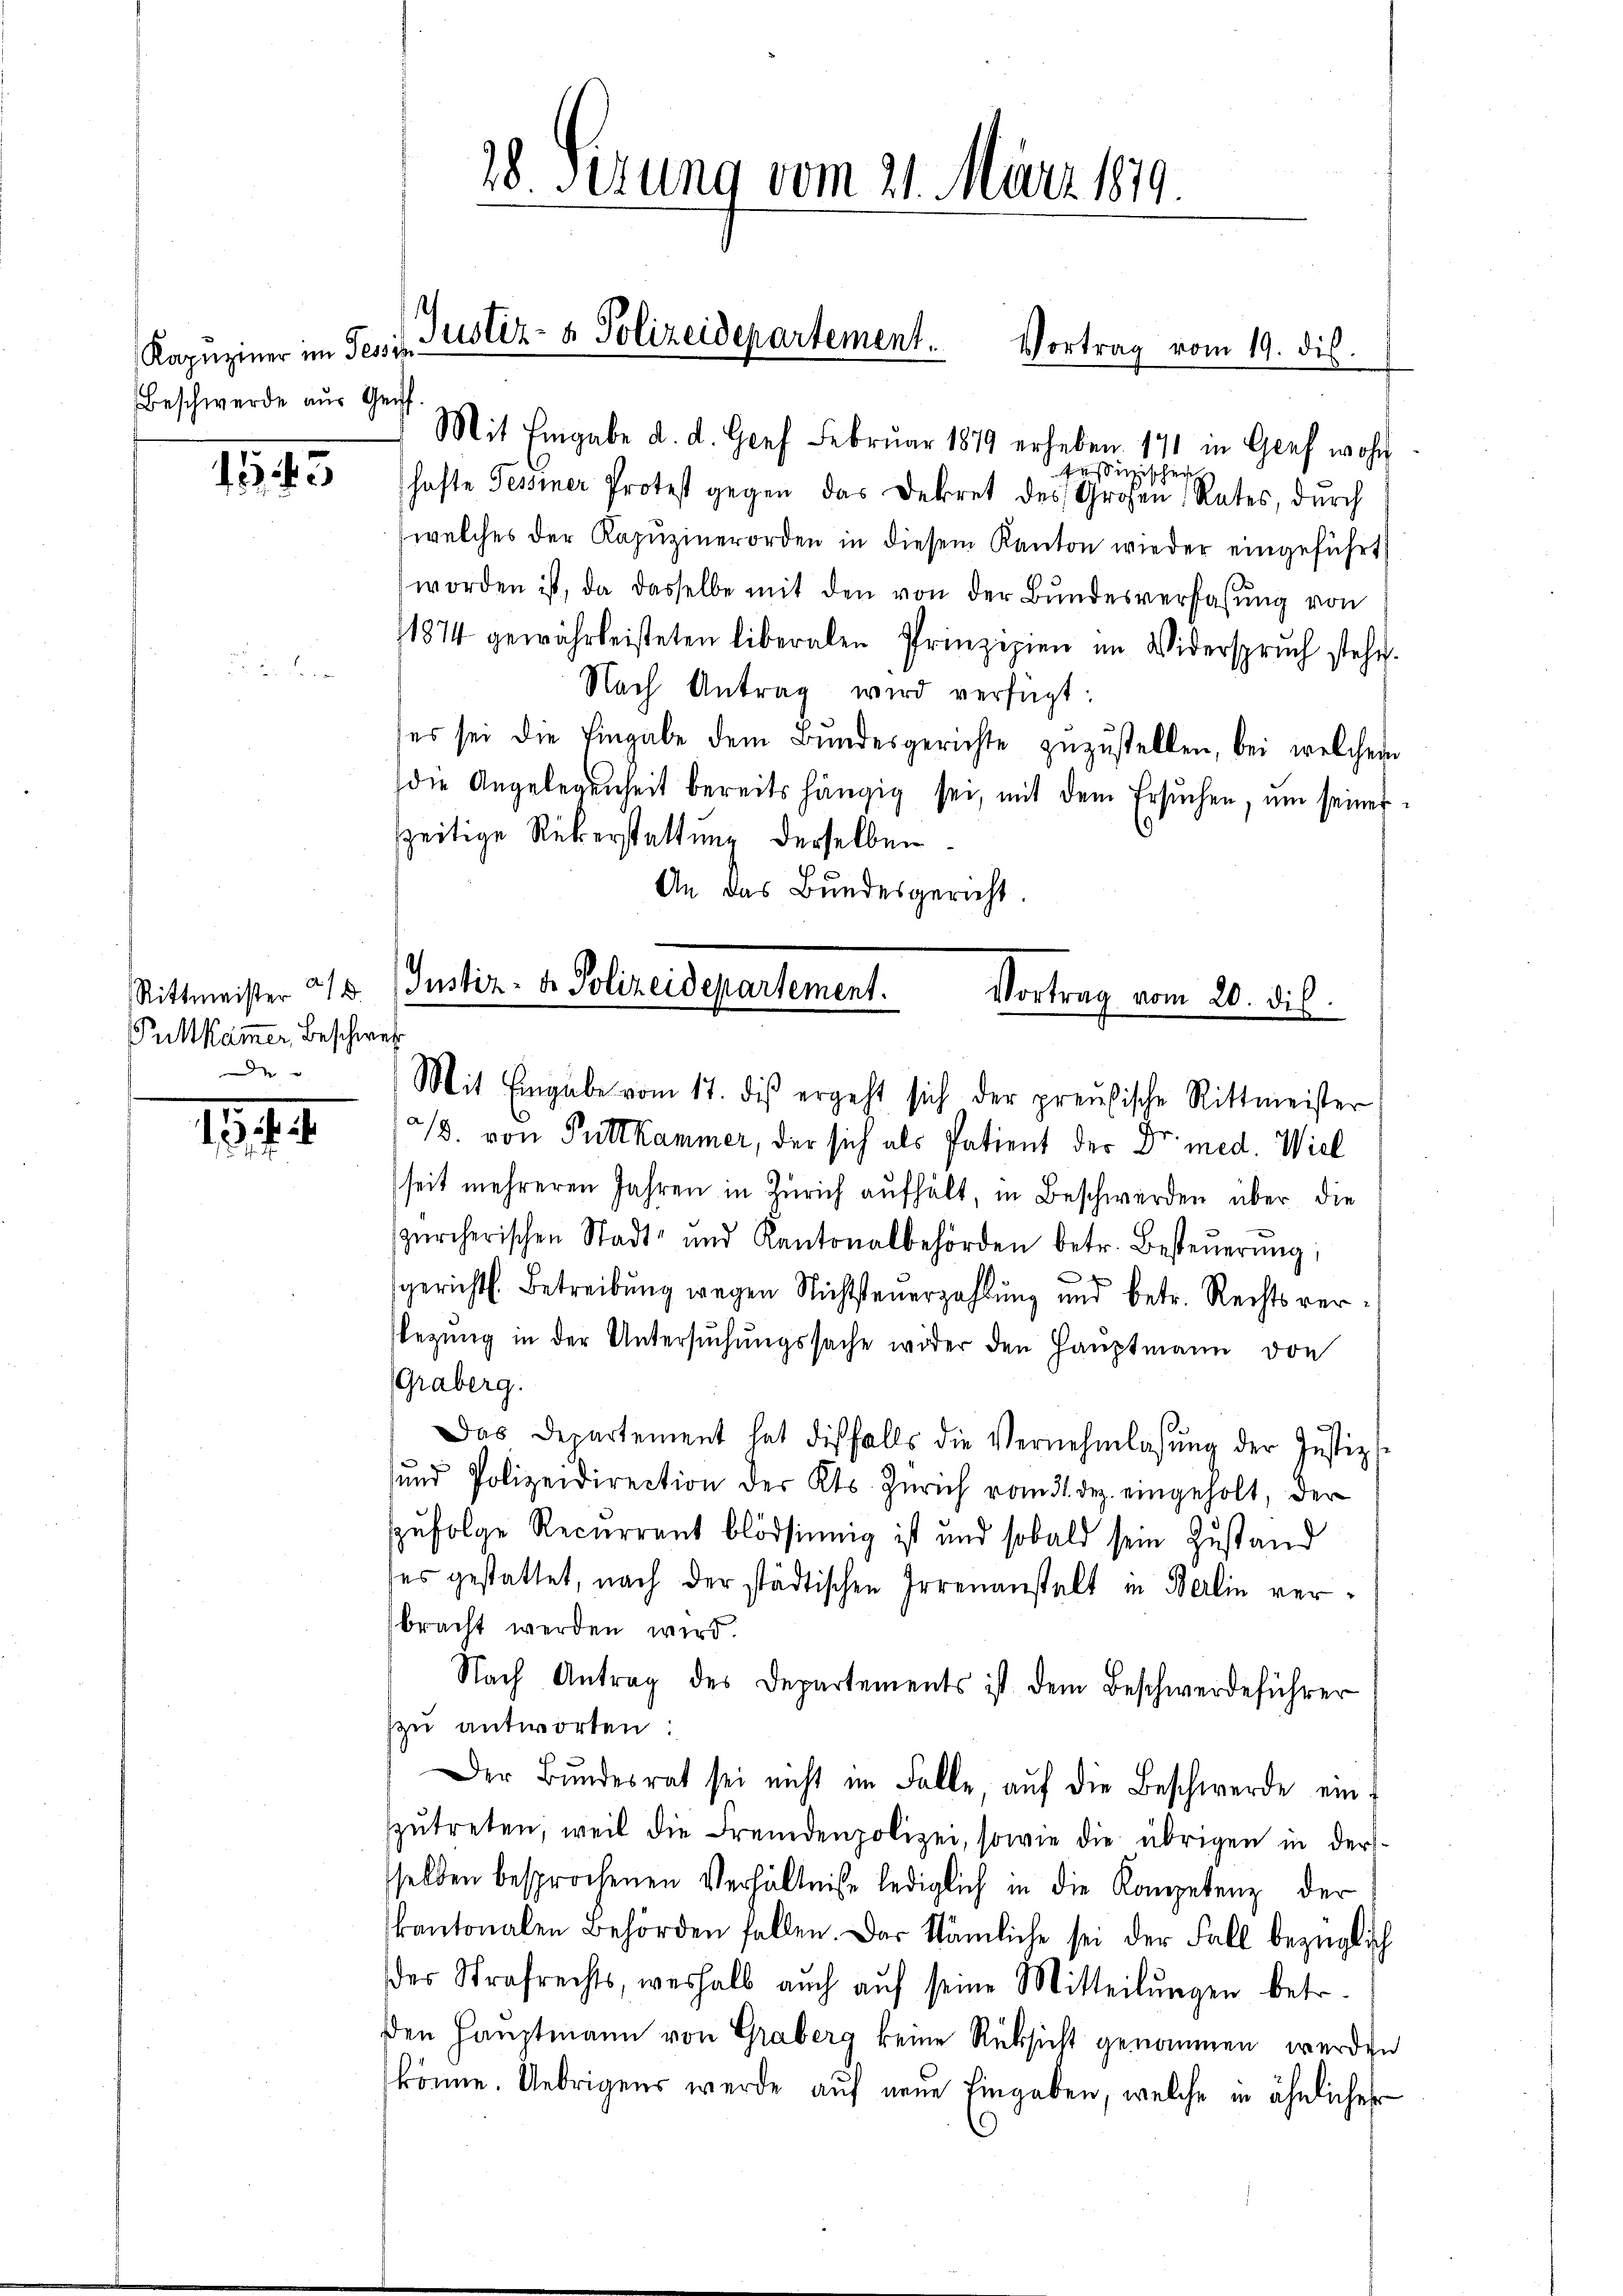
Kapuziner im Tessis
Beschwerde aus Gei

1543

Putkäm̅er beschweiz

1944.

28. Sezung vom 21. März 1879

Mit Eingabe d. d. Graf Februar 1879 erheben 171 in Genf wohn
füssigischen
hafte Tessiner Protest gegen das Dekret des Großen Rates, durch
welches der Kapŭzinerorden in diesem Kanton wieder eingeführt
worden ist, da dasselbe mit den von der Bŭndesverfassung von
1874 gewährleisteten liberalen Prinzipien im Widerspruch stehe.
Nach Antrag wird verfügt:
es sei die Eingabe dem Bŭndesgerichte zŭzŭstellen, bei welchem
die Angelegenheit bereits hängig sei, mit dem Ersuchen, um seiner
szeitige Rükerstattung derselben.
An das Bundesgericht.
Rittmeister 215. Justiz- & Polizeidepartement.
Vortrag vom 20. dis.

Justiz- & Polizeidepartement. Vortrag vom 19. dis.

Mit Eingabe vom 17. dis ergeht sich der preußische Rittmeister
2/3. von Pultkammer, der sich als Patient der Dr. med. Wiel
seit mehreren Jahren in Zürich aufhält, in Beschwerden über die
zürcherischen Stadt- und Kantonalbehörden betr. Besteŭerŭng,
 x
gerichts. Betreibŭng wegen Nichtsteŭerzahlung und betr. Rechtsverezung in der Untersŭchŭngssache wider den Hauptmann von
(Graberg.
Das Departement hat diesfalls die Vernehmlassŭng der Justiz-
und Polizeidirection der Kts. Zürich vom 31. dez. eingeholt, der
zufolge Recurrent blödsinnig ist und sobald sein Zustand
des gestattet, nach der städtischen Irrenanstalt in Berlin verbracht werden wird.
Nach Antrag des Departements ist dem Beschwerdeführer
zu antworten:
Der Bŭndesrat sei nicht im Falle, aŭf die Beschwerde ein-
zŭtreten, weil die Fremdenpolizei, sowie die übrigen in dersselben besprochenen Verhältniße lediglich in die Kompetenz der
kantonalen Behörden fallen. Das Nämliche sei der Fall bezüglich
der Strafrechts, weshalb auch aŭf seine Mitteilŭngen betr.
Den Hauptmann von Graberg keine Rücksicht genommen werden
könne. Uebrigens werde auf neue Eingaben, welche in ähnlicher